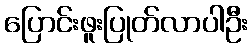
ပြောင်းဖူးပြုတ်လာပါဦး